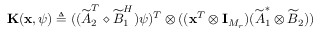
\mathbf { K } ( \mathbf { x } , \boldsymbol { \psi } ) \triangleq ( ( \widetilde { \boldsymbol { A } } _ { 2 } ^ { T } \diamond \widetilde { \boldsymbol { B } } _ { 1 } ^ { H } ) \boldsymbol { \psi } ) ^ { T } \otimes ( ( \mathbf { x } ^ { T } \otimes \mathbf { I } _ { M _ { r } } ) ( \widetilde { \boldsymbol { A } } _ { 1 } ^ { * } \otimes \widetilde { \boldsymbol { B } } _ { 2 } ) )